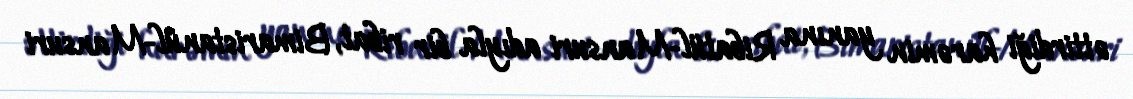
əttirdiği harəmin yanına Ribatül-Mansuri adıyla bir ribat, Bimaristanül-Mansuri